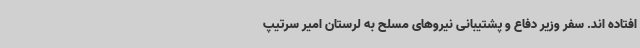
افتاده اند. سفر وزیر دفاع و پشتیبانی نیروهای مسلح به لرستان امیر سرتیپ